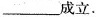
___成立.